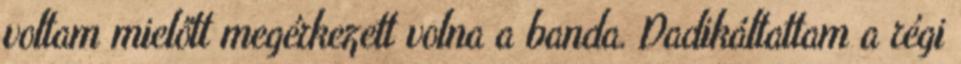
voltam mielőtt megérkezett volna a banda. Dadikáltattam a régi